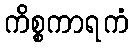
ကိစ္စကာရကံ